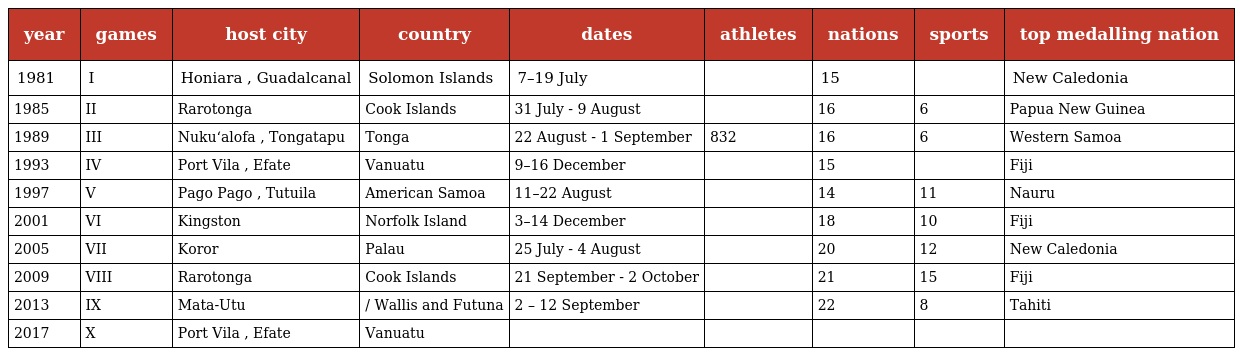
| year | games | host city | country | dates | athletes | nations | sports | top medalling nation |
 | --- | --- | --- | --- | --- | --- | --- | --- | --- |
 | 1981 | I | Honiara , Guadalcanal | Solomon Islands | 7–19 July |  | 15 |  | New Caledonia |
 | 1985 | II | Rarotonga | Cook Islands | 31 July - 9 August |  | 16 | 6 | Papua New Guinea |
 | 1989 | III | Nukuʻalofa , Tongatapu | Tonga | 22 August - 1 September | 832 | 16 | 6 | Western Samoa |
 | 1993 | IV | Port Vila , Efate | Vanuatu | 9–16 December |  | 15 |  | Fiji |
 | 1997 | V | Pago Pago , Tutuila | American Samoa | 11–22 August |  | 14 | 11 | Nauru |
 | 2001 | VI | Kingston | Norfolk Island | 3–14 December |  | 18 | 10 | Fiji |
 | 2005 | VII | Koror | Palau | 25 July - 4 August |  | 20 | 12 | New Caledonia |
 | 2009 | VIII | Rarotonga | Cook Islands | 21 September - 2 October |  | 21 | 15 | Fiji |
 | 2013 | IX | Mata-Utu | / Wallis and Futuna | 2 – 12 September |  | 22 | 8 | Tahiti |
 | 2017 | X | Port Vila , Efate | Vanuatu |  |  |  |  |  |